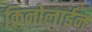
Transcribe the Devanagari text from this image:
क्रिनोलाईन